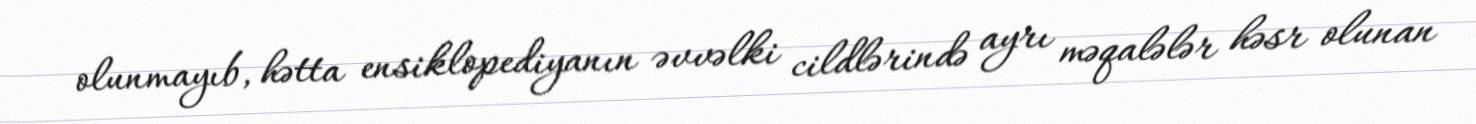
olunmayıb, hətta ensiklopediyanın əvvəlki cildlərində ayrı məqalələr həsr olunan